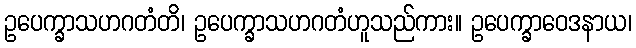
ဥပေက္ခာသဟဂတံတိ၊ ဥပေက္ခာသဟဂတံဟူသည်ကား။ ဥပေက္ခာဝေဒနာယ၊